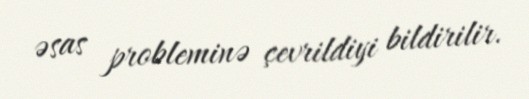
əsas probleminə çevrildiyi bildirilir.